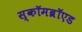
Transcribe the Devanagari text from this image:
स्कॉमब्रॉएड